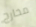
مخارج